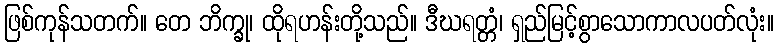
ဖြစ်ကုန်သတက်။ တေ ဘိက္ခု၊ ထိုရဟန်းတို့သည်။ ဒီဃရတ္တံ၊ ရှည်မြင့်စွာသောကာလပတ်လုံး။